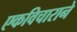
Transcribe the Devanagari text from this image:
एकविचाराने